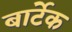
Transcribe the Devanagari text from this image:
बार्टेक